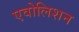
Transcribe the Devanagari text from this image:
एवोलिशन